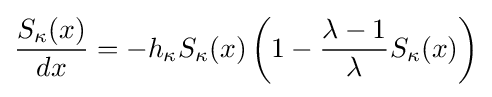
{\frac {S_{\kappa }(x)}{dx}}=-h_{\kappa }S_{\kappa }(x)\left(1-{\frac {\lambda -1}{\lambda }}S_{\kappa }(x)\right)